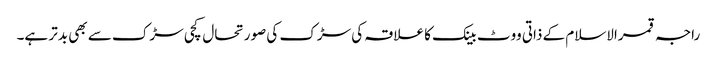
راجہ قمرالاسلام کے ذاتی ووٹ بینک کا علاقہ کی سڑک کی صورتحال کچی سڑک سے بھی بدتر ہے۔